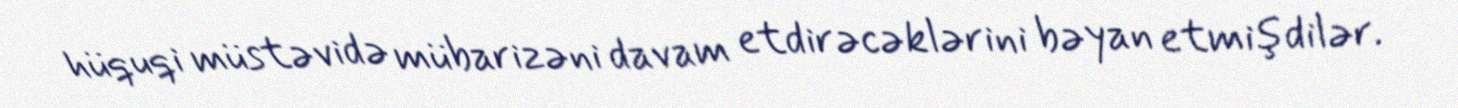
hüquqi müstəvidə mübarizəni davam etdirəcəklərini bəyan etmişdilər.